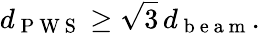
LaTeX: d_{\mathrm{~P~W~S~}}\geq\sqrt{3}\, d_{\mathrm{~b~e~a~m~}}.